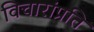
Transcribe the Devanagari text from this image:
विचारांप्रति